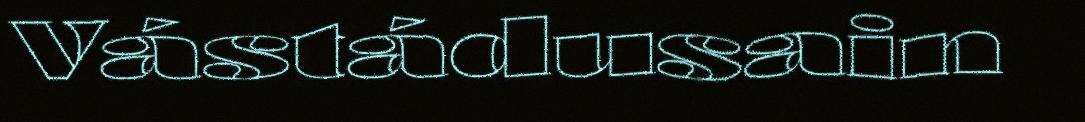
Vástádusain